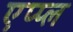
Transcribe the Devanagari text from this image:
एप्‍प्‍ल